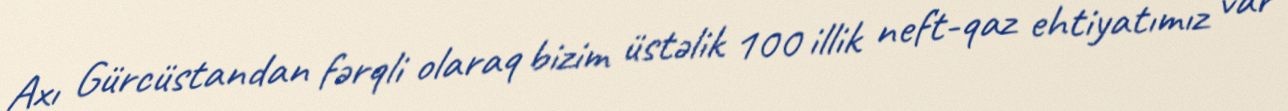
Axı Gürcüstandan fərqli olaraq bizim üstəlik 100 illik neft-qaz ehtiyatımız var